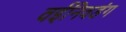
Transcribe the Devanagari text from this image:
वईनिवडंग